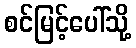
စင်မြင့်ပေါ်သို့